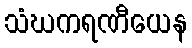
သံဃကရဏီယေန